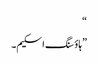
“
”ہاؤسنگ اسکیم۔